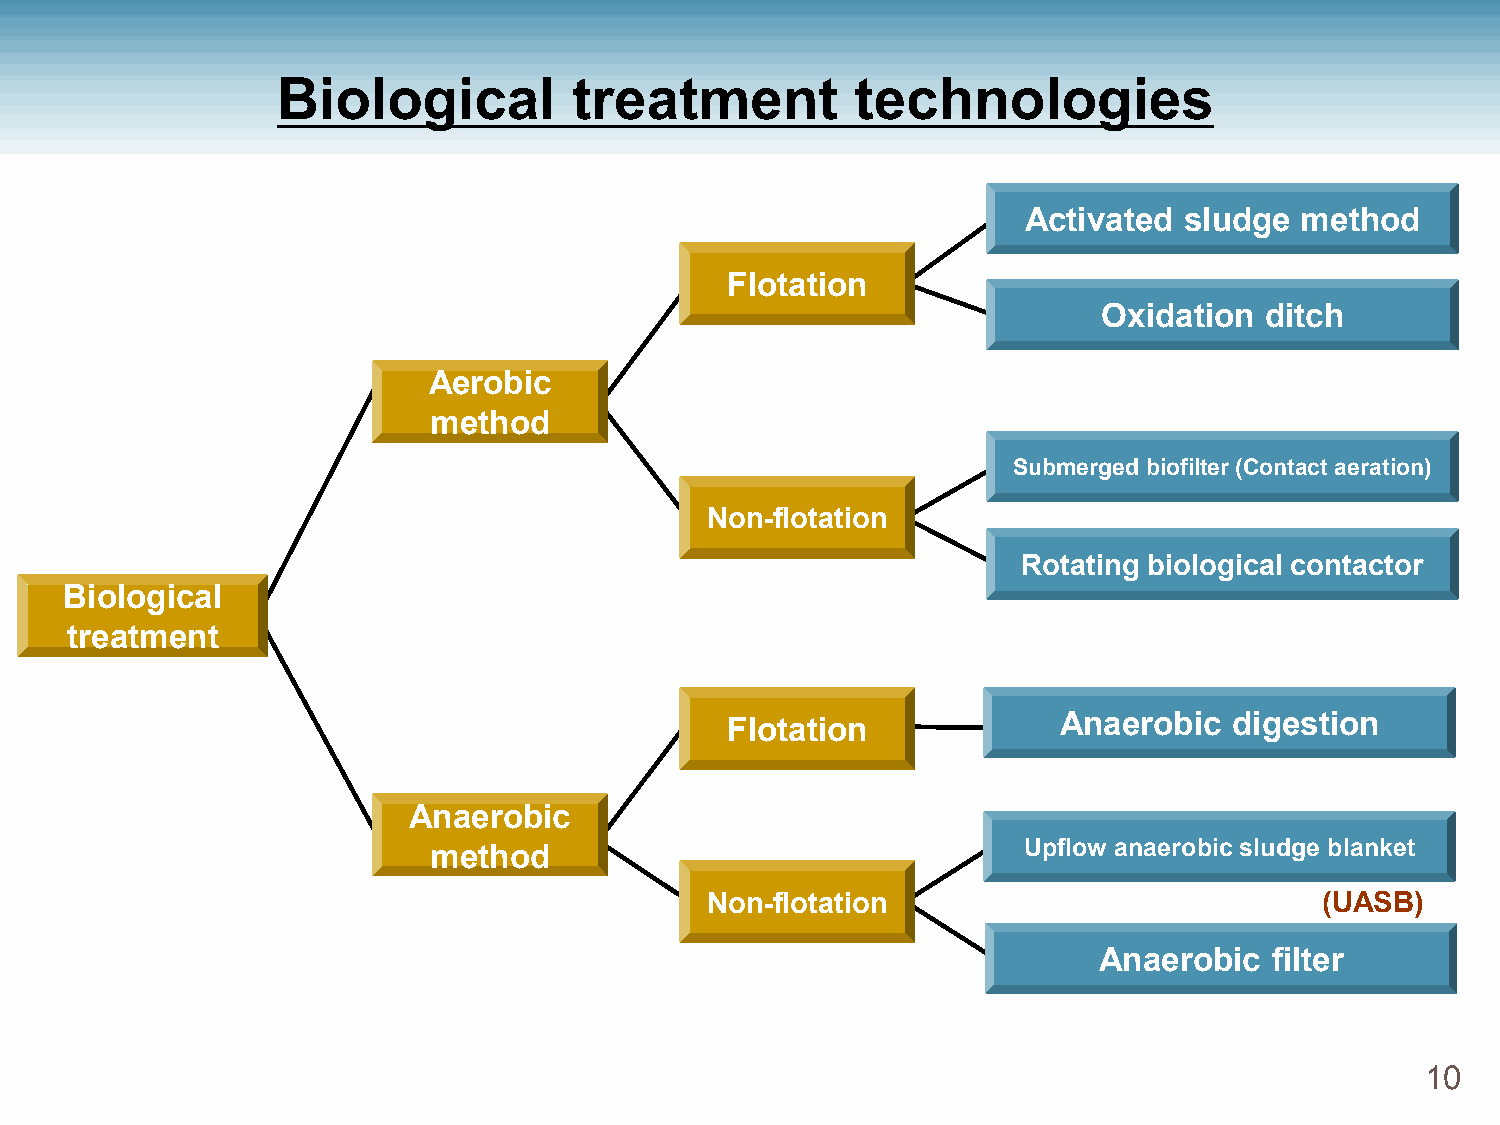
Biological          treatment          technologies
 Activated sludge  method
 Flotation
 Oxidation  ditch
 Aerobic
 method
 Submerged biofilter (Contact aeration)
 Non-flotation
 Rotating biological contactor
 Biological
 treatment
 Flotation             Anaerobic   digestion
 Anaerobic
 method                                  Upflow anaerobic sludge blanket
 Non-flotation                            (UASB)
 Anaerobic  filter
 10